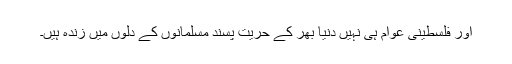
اور فلسطینی عوام ہی نہیں دنیا بھر کے حُریت پسند مسلمانوں کے دلوں میں زندہ ہیں۔